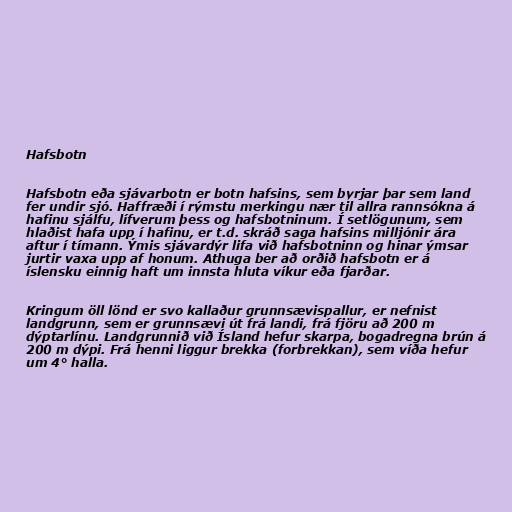
Hafsbotn

Hafsbotn eða sjávarbotn er botn hafsins, sem byrjar þar sem land
fer undir sjó. Haffræði í rýmstu merkingu nær til allra rannsókna á
hafinu sjálfu, lífverum þess og hafsbotninum. Í setlögunum, sem
hlaðist hafa upp í hafinu, er t.d. skráð saga hafsins milljónir ára
aftur í tímann. Ýmis sjávardýr lifa við hafsbotninn og hinar ýmsar
jurtir vaxa upp af honum. Athuga ber að orðið hafsbotn er á
íslensku einnig haft um innsta hluta víkur eða fjarðar.

Kringum öll lönd er svo kallaður grunnsævispallur, er nefnist
landgrunn, sem er grunnsævi út frá landi, frá fjöru að 200 m
dýptarlínu. Landgrunnið við Ísland hefur skarpa, bogadregna brún á
200 m dýpi. Frá henni liggur brekka (forbrekkan), sem víða hefur
um 4° halla.